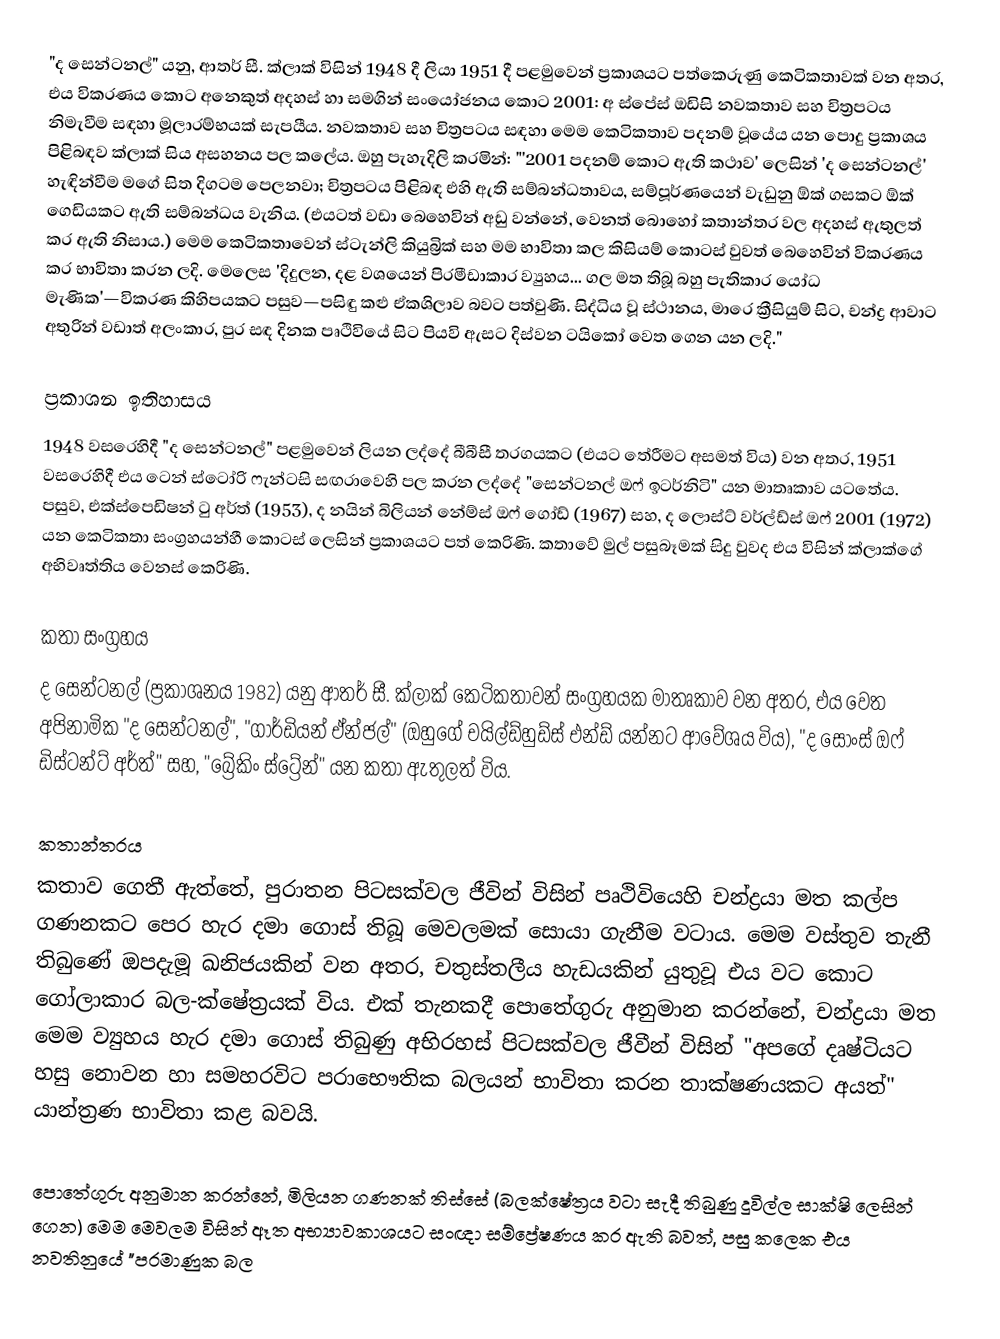
"ද සෙන්ටනල්" යනු, ආතර් සී. ක්ලාක් විසින් 1948 දී ලියා 1951 දී පළමුවෙන් ප්‍රකාශයට පත්කෙරුණු කෙටිකතාවක් වන අතර, එය විකරණය කොට අනෙකුත් අදහස් හා සමගින් සංයෝජනය කොට 2001: අ ස්පේස් ඔඩිසි නවකතාව සහ චිත්‍රපටය නිමැවීම සඳහා මූලාරම්භයක් සැපයීය. නවකතාව සහ චිත්‍රපටය සඳහා මෙම කෙටිකතාව පදනම් වූයේය යන පොදු ප්‍රකාශය පිළිබඳව ක්ලාක් සිය අසහනය පල කලේය. ඔහු පැහැදිලි කරමින්: "'2001 පදනම් කොට ඇති කථාව' ලෙසින්  'ද සෙන්ටනල්' හැඳින්වීම මගේ සිත දිගටම  පෙලනවා; චිත්‍රපටය පිළිබඳ එහි ඇති සම්බන්ධතාවය, සම්පූර්ණයෙන් වැඩුනු ඕක් ගසකට ඕක් ගෙඩියකට ඇති සම්බන්ධය වැනිය. (එයටත් වඩා බෙහෙවින් අඩු වන්නේ, වෙනත් බොහෝ කතාන්තර වල අදහස් ඇතුලත් කර ඇති නිසාය.) මෙම කෙටිකතාවෙන් ස්ටැන්ලි කියුබ්‍රික් සහ මම භාවිතා කල කිසියම් කොටස් වුවත් බෙහෙවින් විකරණය කර භාවිතා කරන ලදි. මෙලෙස 'දිදුලන, දළ වශයෙන් පිරමීඩාකාර ව්‍යුහය... ගල මත තිබූ  බහු පැතිකාර යෝධ මැණික'—විකරණ කිහිපයකට පසුව—පසිඳු කළු ඒකශිලාව බවට පත්වුණි. සිද්ධිය වූ ස්ථානය,  මාරෙ ක්‍රීසියුම් සිට, චන්ද්‍ර ආවාට අතුරින් වඩාත් අලංකාර,  පුර සඳ දිනක පෘථිවියේ සිට පියවි ඇසට දිස්වන ටයිකෝ වෙත ගෙන යන ලදි."

ප්‍රකාශන ඉතිහාසය
1948 වසරෙහිදී "ද සෙන්ටනල්" පළමුවෙන් ලියන ලද්දේ බීබීසී තරගයකට (එයට තේරීමට අසමත් විය) වන අතර, 1951 වසරෙහිදී එය  ටෙන් ස්ටෝරි ෆැන්ටසි සඟරාවෙහි පල කරන ලද්දේ "සෙන්ටනල් ඔෆ් ඉටර්නිටි" යන මාතෘකාව යටතේය. පසුව, එක්ස්පෙඩිෂන් ටු අර්ත් (1953),  ද නයින් බිලියන් නේම්ස් ඔෆ් ගෝඩ් (1967) සහ, ද ලොස්ට් වර්ල්ඩ්ස් ඔෆ් 2001 (1972) යන කෙටිකතා සංග්‍රහයන්හී කොටස් ලෙසින් ප්‍රකාශයට පත් කෙරිණි. කතාවේ මුල් පසුබෑමක් සිදු වුවද එය විසින් ක්ලාක්ගේ අභිවෘත්තිය වෙනස් කෙරිණි.

කතා සංග්‍රහය
ද සෙන්ටනල් (ප්‍රකාශනය 1982) යනු  ආතර් සී. ක්ලාක් කෙටිකතාවන් සංග්‍රහයක මාතෘකාව වන අතර, එය වෙත අපිනාමික "ද සෙන්ටනල්", "ගාර්ඩියන් ඒන්ජල්" (ඔහුගේ චයිල්ඩ්හුඩ්ස් එන්ඩ් යන්නට ආවේශය විය), "ද සෝංස් ඔෆ් ඩිස්ටන්ට් අර්ත්" සහ, "බ්‍රේකිං ස්ට්‍රේන්" යන කතා ඇතුලත් විය.

කතාන්තරය
කතාව ගෙතී ඇත්තේ, පුරාතන පිටසක්වල ජීවින් විසින් පෘථිවියෙහි  චන්ද්‍රයා මත  කල්ප ගණනකට පෙර හැර දමා ගොස් තිබූ  මෙවලමක් සොයා ගැනීම වටාය. මෙම වස්තුව තැනී තිබු‍‍ණේ ඔපදැමූ ඛනිජයකින් වන අතර, චතුස්තලීය හැඩයකින් යුතුවූ එය වට කොට ගෝලාකාර බල-ක්ෂේත්‍රයක් විය. එක් තැනකදී පොතේගුරු අනුමාන කරන්නේ, චන්ද්‍රයා මත මෙම ව්‍යුහය හැර දමා ගොස් තිබුණු අභිරහස් පිටසක්වල ජීවීන් විසින් "අපගේ දෘෂ්ටියට හසු නොවන හා සමහරවිට පරාභෞතික බලයන් භාවිතා කරන තාක්ෂණයකට අයත්" යාන්ත්‍රණ භාවිතා කළ බවයි.

පොතේගුරු අනුමාන කරන්නේ, මිලියන ගණනක් තිස්සේ (බලක්ෂේත්‍රය වටා සැදී තිබුණු දූවිල්ල සාක්ෂි ලෙසින් ගෙන) මෙම මෙවලම විසින් ඈත අභ්‍යාවකාශයට සංඥා සම්ප්‍රේෂණය කර ඇති බවත්, පසු කලෙක එය නවතිනුයේ  "පරමාණුක බල